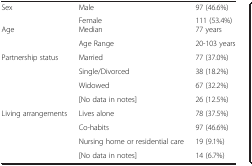
<table><thead><tr><td colspan="3"><b> </b></td></tr></thead><tbody><tr><td>Sex</td><td>Male</td><td>97 (46.6%)</td></tr><tr><td> </td><td>Female</td><td>111 (53.4%)</td></tr><tr><td rowspan="2">Age</td><td>Median</td><td>77 years</td></tr><tr><td>Age Range</td><td>20-103 years</td></tr><tr><td rowspan="4">Partnership status</td><td>Married</td><td>77 (37.0%)</td></tr><tr><td>Single/Divorced</td><td>38 (18.2%)</td></tr><tr><td>Widowed</td><td>67 (32.2%)</td></tr><tr><td>[No data in notes]</td><td>26 (12.5%)</td></tr><tr><td rowspan="3">Living arrangements</td><td>Lives alone</td><td>78 (37.5%)</td></tr><tr><td>Co-habits</td><td>97 (46.6%)</td></tr><tr><td>Nursing home or residential care</td><td>19 (9.1%)</td></tr><tr><td> </td><td>[No data in notes]</td><td>14 (6.7%)</td></tr></tbody></table>